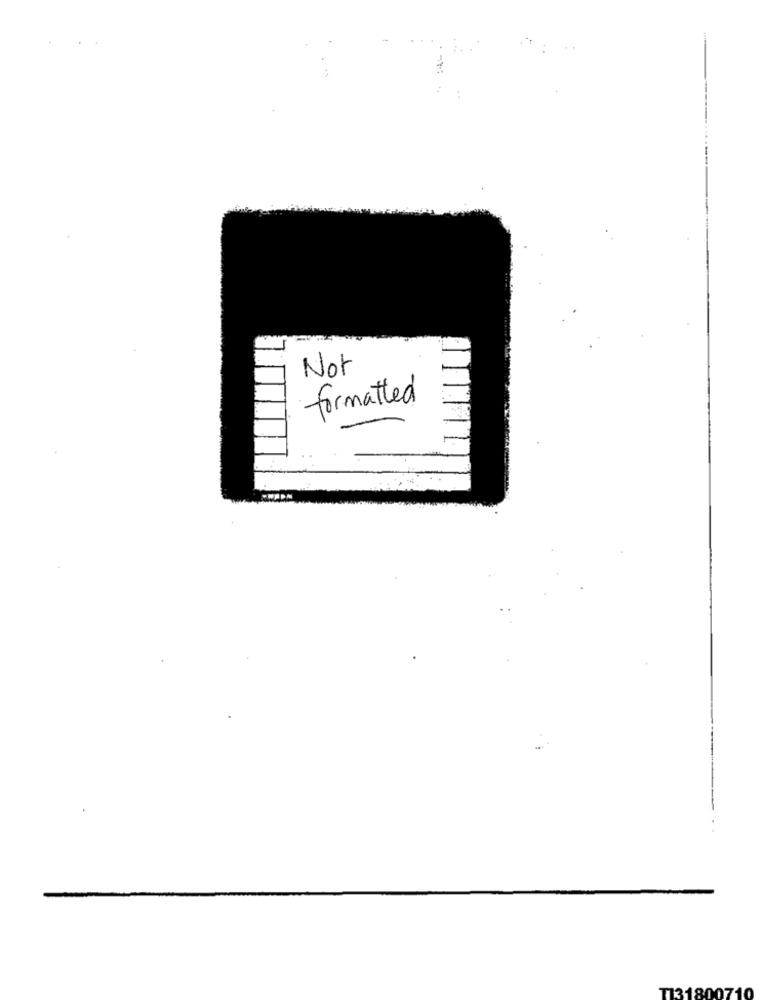
Not
formatted
T131800